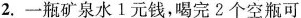
2.一瓶矿泉水1元钱，喝完2个空瓶可